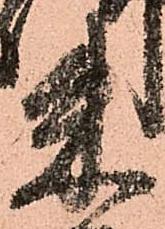
朱